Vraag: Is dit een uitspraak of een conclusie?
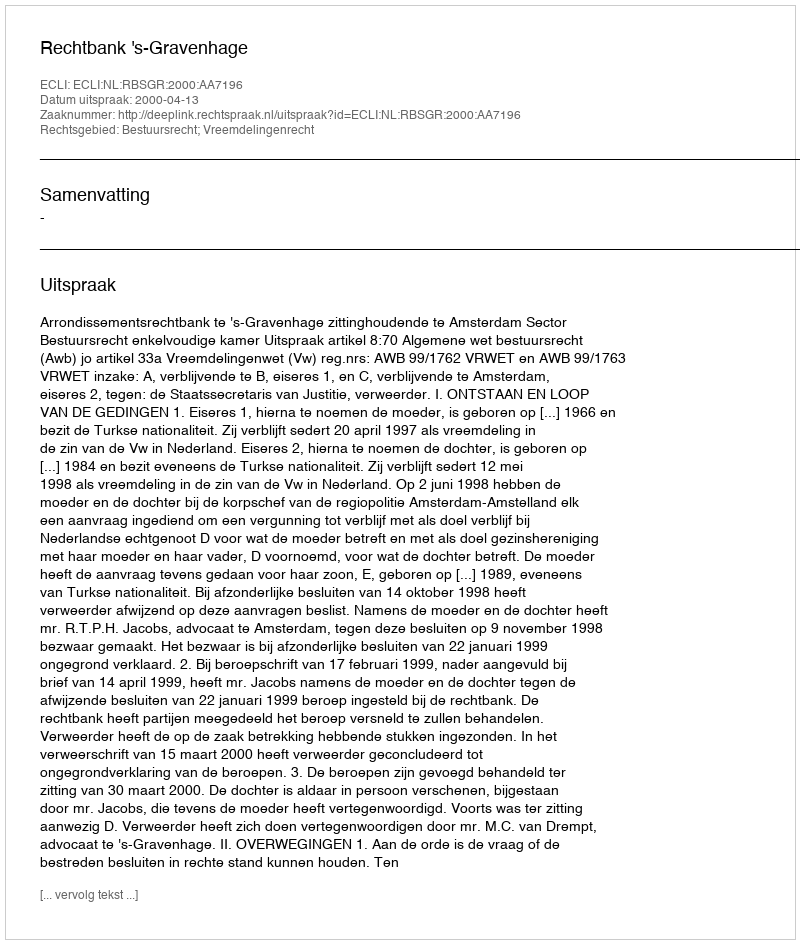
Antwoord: Uitspraak